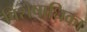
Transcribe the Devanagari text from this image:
विशेषाधिका